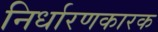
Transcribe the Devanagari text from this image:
निर्धारणकारक